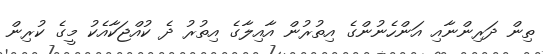
ތިން ދަރިންނާއި އަންހެނުންގެ އިތުރުން އާއިލާގެ އިތުރު ދެ ކުއްޖަކާއެކު މީގެ ކުރިން